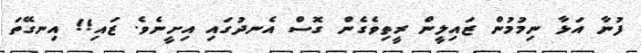
ފުނާ އަޅާ ނިމުމުން ޒައިލީން ރީތިވެގެން ގޮސް އެނދުގައި އިށީނެވެ. ޒައި!! އިނގޭތަ